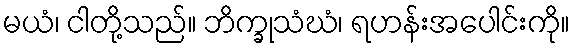
မယံ၊ ငါတို့သည်။ ဘိက္ခုသံဃံ၊ ရဟန်းအပေါင်းကို။